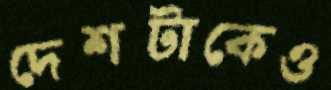
দেশটাকেও